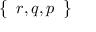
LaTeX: \left\{ \begin{array} { l } { r , q , p } \end{array} \right\}